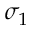
\sigma _ { 1 }